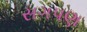
સગપણ